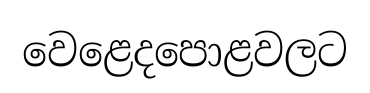
වෙළෙදපොළවලට